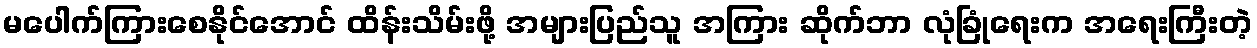
မပေါက်ကြားစေနိုင်အောင် ထိန်းသိမ်းဖို့ အများပြည်သူ အကြား ဆိုက်ဘာ လုံခြုံရေးက အရေးကြီးတဲ့